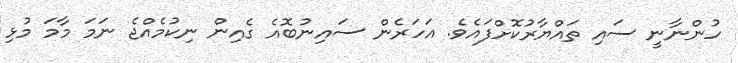
ހުންނާނީ ސައި ތައްޔާރުކޮށްފައެވެ. އަހަރެން ސައިނުބޮއެ ގެއިން ނިކުމެއްޖެ ނަމަ މާމަ މުޅި